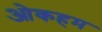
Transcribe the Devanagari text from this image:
ओकहम